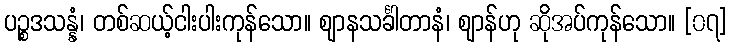
ပဉ္စဒသန္နံ၊ တစ်ဆယ့်ငါးပါးကုန်သော။ ဈာနသင်္ခါတာနံ၊ ဈာန်ဟု ဆိုအပ်ကုန်သော။ [၀၇]